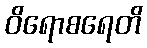
ဝိရောစရေတိ